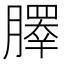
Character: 𰯞